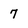
Character: 7